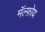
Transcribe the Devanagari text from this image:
मॅल्फ़ोय